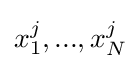
x_{1}^{j},...,x_{N}^{j}